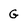
Character: g